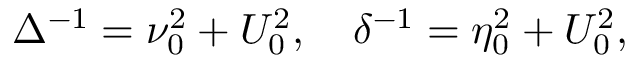
\Delta ^ { - 1 } = \nu _ { 0 } ^ { 2 } + U _ { 0 } ^ { 2 } , \quad \delta ^ { - 1 } = \eta _ { 0 } ^ { 2 } + U _ { 0 } ^ { 2 } , \quad